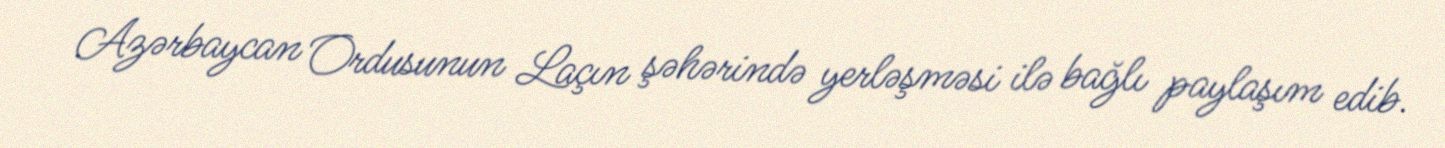
Azərbaycan Ordusunun Laçın şəhərində yerləşməsi ilə bağlı paylaşım edib.